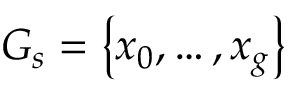
G _ { s } = \left\{ \boldsymbol { x } _ { 0 } , \ldots , \boldsymbol { x } _ { g } \right\}